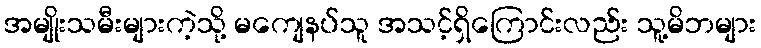
အမျိုးသမီးများကဲ့သို့ မကျေနပ်သူ အသင့်ရှိကြောင်းလည်း သူ့မိဘများ